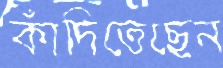
কাঁদিতেছেন